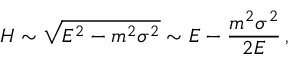
H \sim \sqrt { E ^ { 2 } - m ^ { 2 } \sigma ^ { 2 } } \sim E - \frac { m ^ { 2 } \sigma ^ { 2 } } { 2 E } \, ,